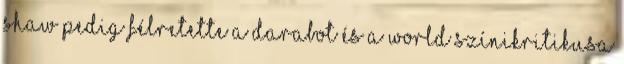
Shaw pedig félretette a darabot és a World színikritikusa